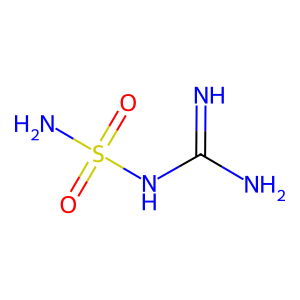
SMILES: N=C(N)NS(N)(=O)=O
Inhibits HIV replication: No